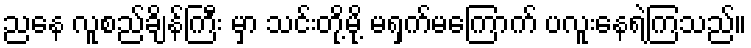
ညနေ လူစည်ချိန်ကြီး မှာ သင်းတို့မို့ မရှက်မကြောက် ပလူးနေရဲကြသည်။